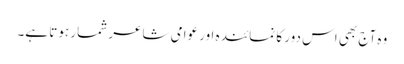
وہ آج بھی اس دور کا نمائندہ اور عوامی شاعر شمار ہوتا ہے۔